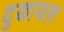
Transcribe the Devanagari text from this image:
दुखायल